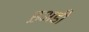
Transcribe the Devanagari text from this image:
ह़अडी